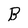
Character: B